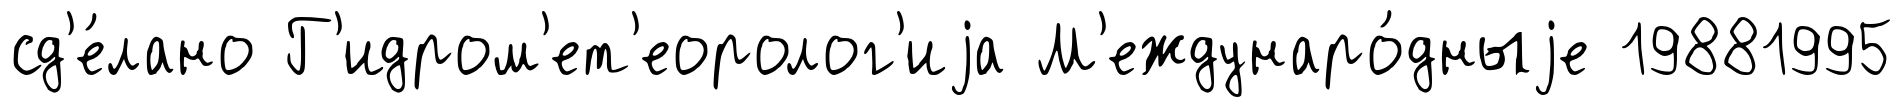
сд'е́лано Г'идром'ет'еоролог'иjа М'еждунаро́дныjе 19881995